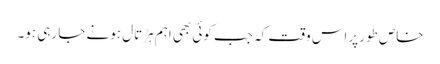
خاص طور پراس وقت کہ جب کوئی بھی اہم ہڑتال ہونے جا رہی ہو۔